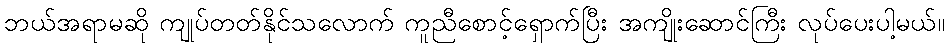
ဘယ်အရာမဆို ကျုပ်တတ်နိုင်သလောက် ကူညီစောင့်ရှောက်ပြီး အကျိုးဆောင်ကြီး လုပ်ပေးပါ့မယ်။